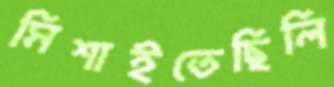
মিশাইতেছিলি